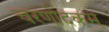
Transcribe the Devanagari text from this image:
चरणोदकम्